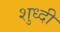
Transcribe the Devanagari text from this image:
शुध्दी